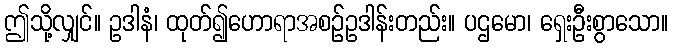
ဤသို့လျှင်။ ဥဒါနံ၊ ထုတ်၍ဟောရာအစဉ်ဥဒါန်းတည်း။ ပဌမော၊ ရှေးဦးစွာသော။